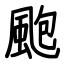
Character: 颮